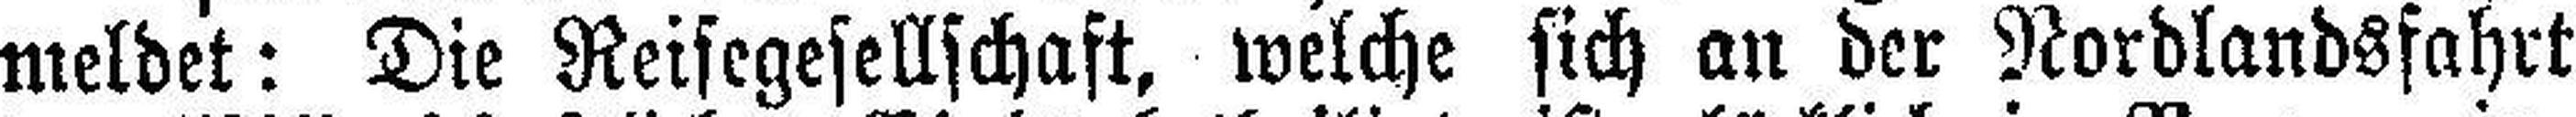
meldet: Die Reisegesellschaft, welche sich an der Nordlandsfahrt